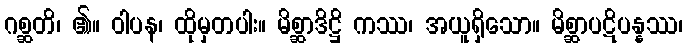
ဂစ္ဆတိ၊ ၏။ ဝါပန၊ ထိုမှတပါး။ မိစ္ဆာဒိဋ္ဌိ ကဿ၊ အယူရှိသော။ မိစ္ဆာပဋိပန္နဿ၊